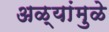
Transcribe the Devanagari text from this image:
अळ्यांमुळे